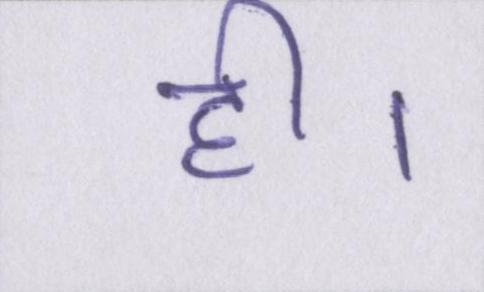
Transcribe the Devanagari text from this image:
ही।